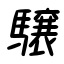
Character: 驤